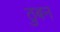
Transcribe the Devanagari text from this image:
ठुबन